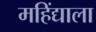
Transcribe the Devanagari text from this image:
महिंद्याला